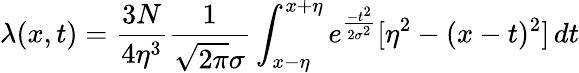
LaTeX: \lambda(x,t)=\frac{3N}{4\eta^{3}}\frac{1}{\sqrt{2\pi}\sigma}\int_{x-\eta}^{x+\eta}e^{\frac{-t^{2}}{2\sigma^{2}}}[\eta^{2}-(x-t)^{2}]\, dt